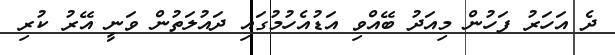
ދެ އަހަރު ފަހުން މިއަދު ބޭއްވި އަޑުއެހުމުގައި ދައުލަތުން ވަނީ އޭރު ކުރި